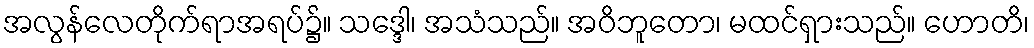
အလွန်လေတိုက်ရာအရပ်၌။ သဒ္ဒေါ၊ အသံသည်။ အဝိဘူတော၊ မထင်ရှားသည်။ ဟောတိ၊